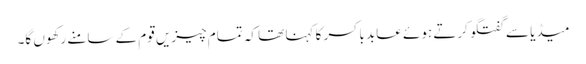
میڈیا سے گفتگو کرتے ہوئے عابد باکسر کا کہنا تھا کہ تمام چیزیں قوم کے سامنے رکھوں گا۔